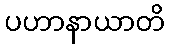
ပဟာနာယာတိ